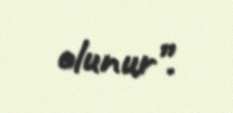
olunur”.